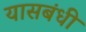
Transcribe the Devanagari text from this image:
यासबंधी